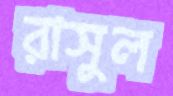
রাসুল